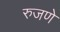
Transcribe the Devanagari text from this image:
रुजणे